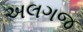
અલગજ